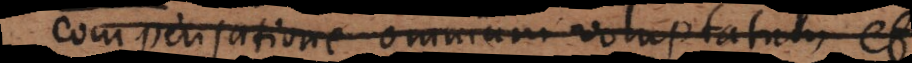
compensatione omnium voluptatum et